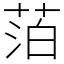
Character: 萡